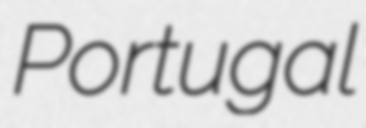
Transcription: Portugal